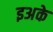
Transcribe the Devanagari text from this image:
इअके